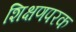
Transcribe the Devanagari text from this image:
शिक्षणपरक